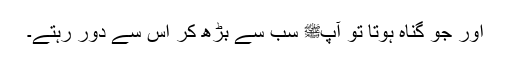
اور جو گناہ ہوتا تو آپﷺ سب سے بڑھ کر اس سے دور رہتے۔